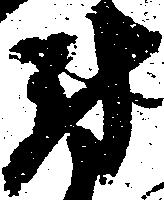
尉